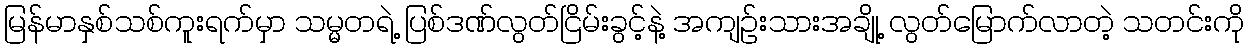
မြန်မာနှစ်သစ်ကူးရက်မှာ သမ္မတရဲ့ ပြစ်ဒဏ်လွတ်ငြိမ်းခွင့်နဲ့ အကျဉ်းသားအချို့ လွတ်မြောက်လာတဲ့ သတင်းကို